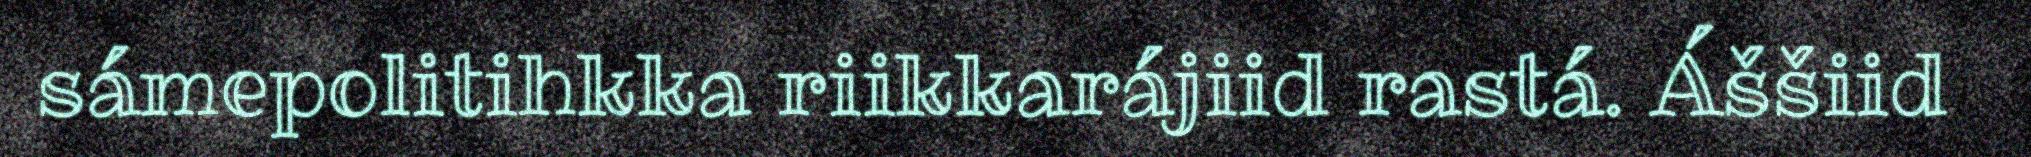
sámepolitihkka riikkarájiid rastá. Áššiid